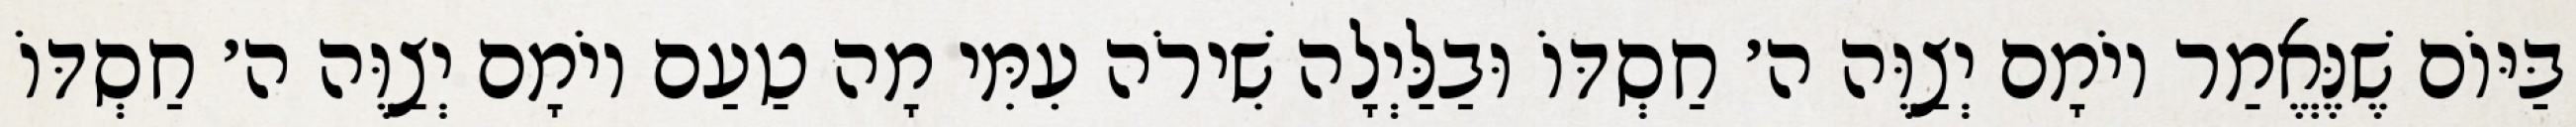
בַּיּוֹם שֶׁנֶּאֱמַר יוֹמָם יְצַוֶּה ה׳ חַסְדּוֹ וּבַלַּיְלָה שִׁירֹה עִמִּי מָה טַעַם יוֹמָם יְצַוֶּה ה׳ חַסְדּוֹ